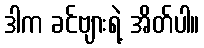
ဒါက ခင်ဗျားရဲ့ အိတ်ပါ။